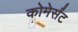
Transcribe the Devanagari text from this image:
कोमेर्संट